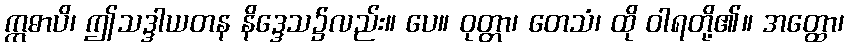
ဣဓာပိ၊ ဤသဒ္ဒါယတန နိဒ္ဒေသ၌လည်း။ ပေ။ ဝုတ္တာ၊ တေသံ၊ ထို ဝါရတို့၏။ အတ္ထော၊